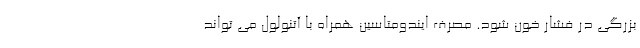
بزرگی در فشار خون شود. مصرف ایندومتاسین همراه با آتنولول می تواند